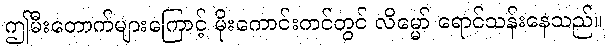
ဤမီးတောက်များကြောင့် မိုးကောင်းကင်တွင် လိမ္မော် ရောင်သန်းနေသည်။